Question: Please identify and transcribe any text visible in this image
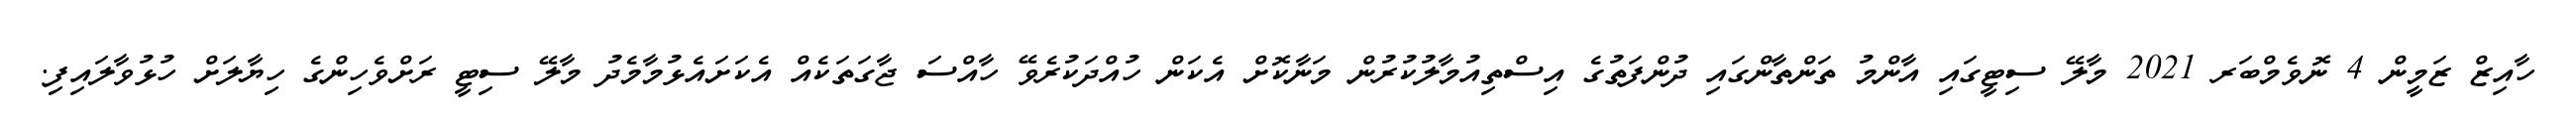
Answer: ހާއިޒް ޒަމީން 4 ނޮވެމްބަރ 2021 މާލޭ ސިޓީގައި އާންމު ތަންތާންގައި ދުންފަތުގެ އިސްތިއުމާލުކުރުން މަނާކޮށް އެކަން ހުއްދަކުރެވޭ ހާއްސަ ޖާގަތަކެއް އެކަށައެޅުމާމެދު މާލޭ ސިޓީ ރަށްވެހިންގެ ހިޔާލަށް ހުޅުވާލައިފި.